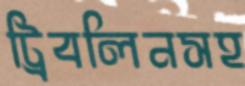
ট্রিবলিনসহ